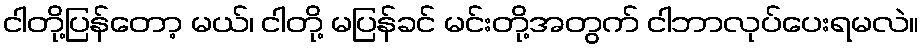
ငါတို့ပြန်တော့ မယ်၊ ငါတို့ မပြန်ခင် မင်းတို့အတွက် ငါဘာလုပ်ပေးရမလဲ။